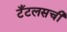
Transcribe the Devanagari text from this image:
टँटलसची